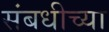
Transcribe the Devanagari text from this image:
संबधीच्या